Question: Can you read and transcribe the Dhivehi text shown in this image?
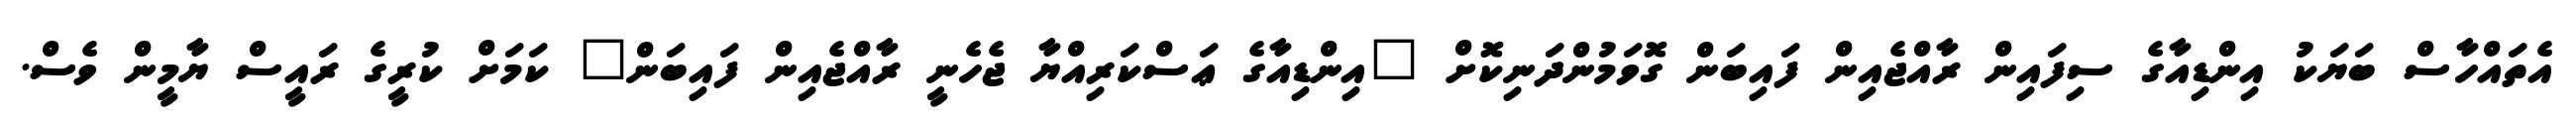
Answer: އެތައްހާސް ބަޔަކު އިންޑިއާގެ ސިފައިން ރާއްޖެއިން ފައިބަން ގޮވަމުންދަނިކޮށް "އިންޑިއާގެ ޢަސްކަރިއްޔާ ޖެހެނީ ރާއްޖެއިން ފައިބަން" ކަމަށް ކުރީގެ ރައީސް ޔާމީން ވެސް.